Vaccination North-Western Provinces 1866-1877 - 1866-1877
Year: 1866
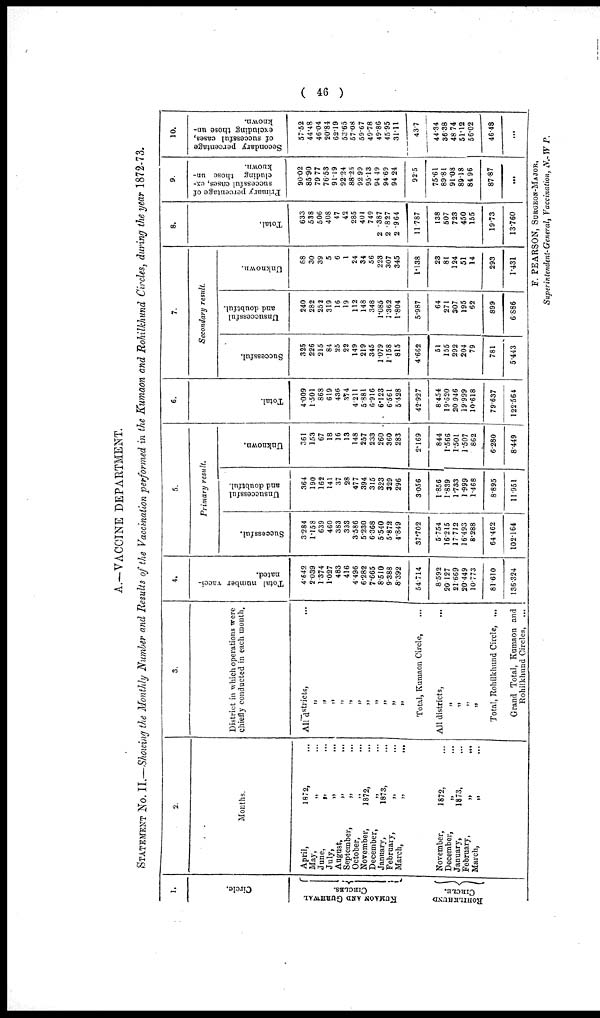
( 46 )
A.—VACCINE DEPARTMENT.
STATEMENT No. II.—Showing the Monthly Number and Results of the Vaccination performed in the Kumaon and Rohilkhund Circles, during the year 1872-73.
1.
Circle.
KUMAON ÀND GUR HWAL
CI RCLES.
CIRCLE.
2.
Months.
April,
1872,
May, „
June,
„
July, „
August,
„
September,
„
October, „
November,
1872,
December,
„
January,
1873,
February. „
March, „
November,
1872,
December, „
January,
1873
February, „
March,
„
3.
District in which operations were
chiefly conducted in each month.
All districts, ...
„
„
„
„
„
„
„
„
„
„
„
Total, Kumaon Circle, ...
All districts, ...
„
„
„
„
Total, Rohilkhund Circle, ...
Grand Total, Kumaon and
Rohilkhund Circles, ...
4.
Total number vacci-
nated.
4.642
2.039
1.374
1.027
483
416
4.496
6.282
7.665
8.510
9.388
8.392
54.714
8.592
20.127
21.669
20.449
10.773
81.610
136.324
5.
Primary
result.
Successful.
3.284
1.158
639
460
383
333
3.586
5.230
6.368
5.540
5.872
4.849
37.702
5.754
16.215
17.712
16.493
8.288
64.462
102.164
Unsuccessful
and doubtful.
364
190
162
141
37
28
477
394
315
323
329
296
3.056
1.856
1.839
1.733
1.999
1.468
8.895
11.951
Unknown.
361
153
67
18
16
13
148
257
233
260
360
283
2.169
844
1.566
1.501
1.507
862
6.280
8.449
6.
Total.
4.009
1.501
868
619
436
374
4.211
5.881
6.916
6.123
6.561
5.428
42.927
8.454
19.620
20.946
19.999
10.618
79.637
122.564
7.
Secondary result.
Successful.
325
226
215
84
25
22
149
219
345
1.079
1.158
815
4.662
51
155
292
204
79
781
5.443
Unsuccessful
and doubtful.
240
282
252
319
16
19
112
148
348
1.085
1.362
1.804
5.987
64
271
307
195
62
899
6.886
Unknown.
68
30
39
5
6
1
24
34
56
223
307
345
1.138
23
81
124
51
14
293
1.431
8.
Total.
633
538
506
408
47
42
285
401
749
2.387
2.827
2.964
11.787
138
507
723
450
155
19.73
13.760
9.
Primary percentage of
successful cases, ex-
cluding those un-
known.
90.02
85.90 79.77
76.53
91.19 92.24
88.25 92.99
95.13
94.49
94.69 94.24
92.5
75.61
89.81
91.08
89.18
84.96
87.87
...
10.
Secondary percentage
of successful cases,
excluding those un-
known.
57.52
44.48
46.04
20.84
62.19
53.65
57.08 59.67
49.78
49.86
45.95
31.11
43.7
44.34
36.38
48.74
51.12
56.02
46.48
...
F. PEARSON, SURGEON-MAJOR,
Superintendent-General, Vaccination, N.-W P.